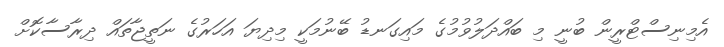
އެމިނިސްޓްރީން ބުނީ މި ބައްދަލުވުމުގެ މައިގަނޑު ބޭނުމަކީ މިދިޔަ އަހަރުގެ ނަތީޖާތައް ދިރާސާކޮށް